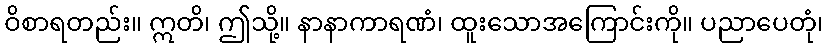
ဝိစာရတည်း။ ဣတိ၊ ဤသို့။ နာနာကာရဏံ၊ ထူးသောအကြောင်းကို။ ပညာပေတုံ၊